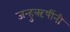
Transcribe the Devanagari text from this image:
जन्हुऋषींनी